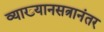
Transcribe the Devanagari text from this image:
व्याख्यानसत्रानंतर